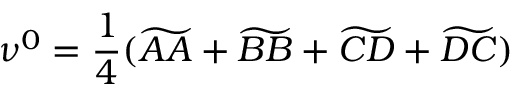
\nu ^ { 0 } = \frac { 1 } { 4 } ( \widetilde { A A } + \widetilde { B B } + \widetilde { C D } + \widetilde { D C } )